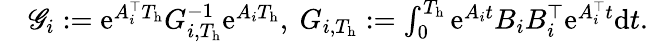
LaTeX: \begin{array}{rl}&{{\mathscr G}_{i}:=\mathrm{e}^{A_{i}^{\top}T_{\mathrm{h}}}G_{i,T_{\mathrm{h}}}^{-1}\mathrm{e}^{A_{i}T_{\mathrm{h}}},\ G_{i,T_{\mathrm{h}}}:=\int_{0}^{T_{\mathrm{h}}}\mathrm{e}^{A_{i}t}B_{i}B_{i}^{\top}\mathrm{e}^{A_{i}^{\top}t}\mathrm{d}t.}\end{array}